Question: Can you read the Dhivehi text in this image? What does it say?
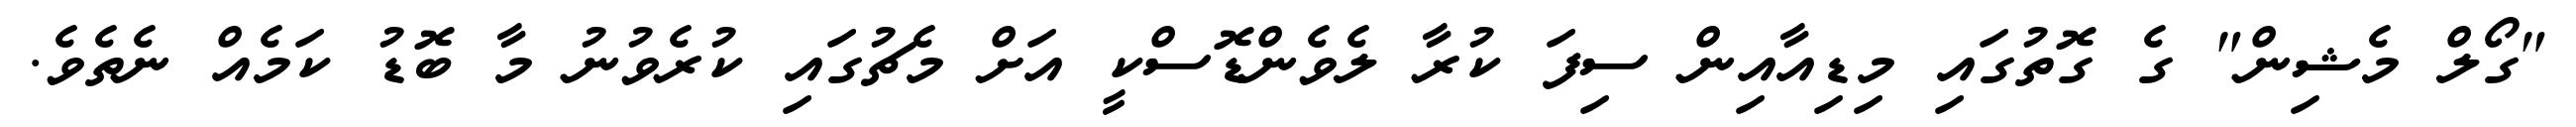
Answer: "ގޯލް މެޝިން" ގެ ގޮތުގައި މިޑިއާއިން ސިފަ ކުރާ ލެވެންޑޮސްކީ އަށް މެޗުގައި ކުރެވުނު މާ ބޮޑު ކަމެއް ނެތެވެ.